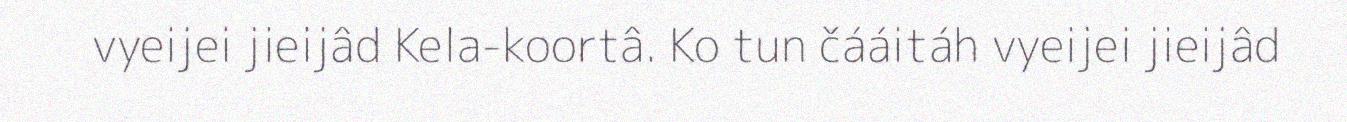
vyeijei jieijâd Kela-koortâ. Ko tun čááitáh vyeijei jieijâd